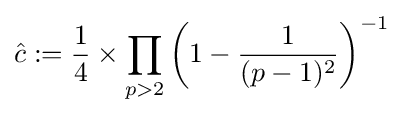
{\hat {c}}:={\frac {1}{4}}\times \prod _{p>2}\left(1-{\frac {1}{(p-1)^{2}}}\right)^{-1}